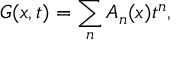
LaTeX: G ( x , t ) = \sum _ { n } A _ { n } ( x ) t ^ { n } ,